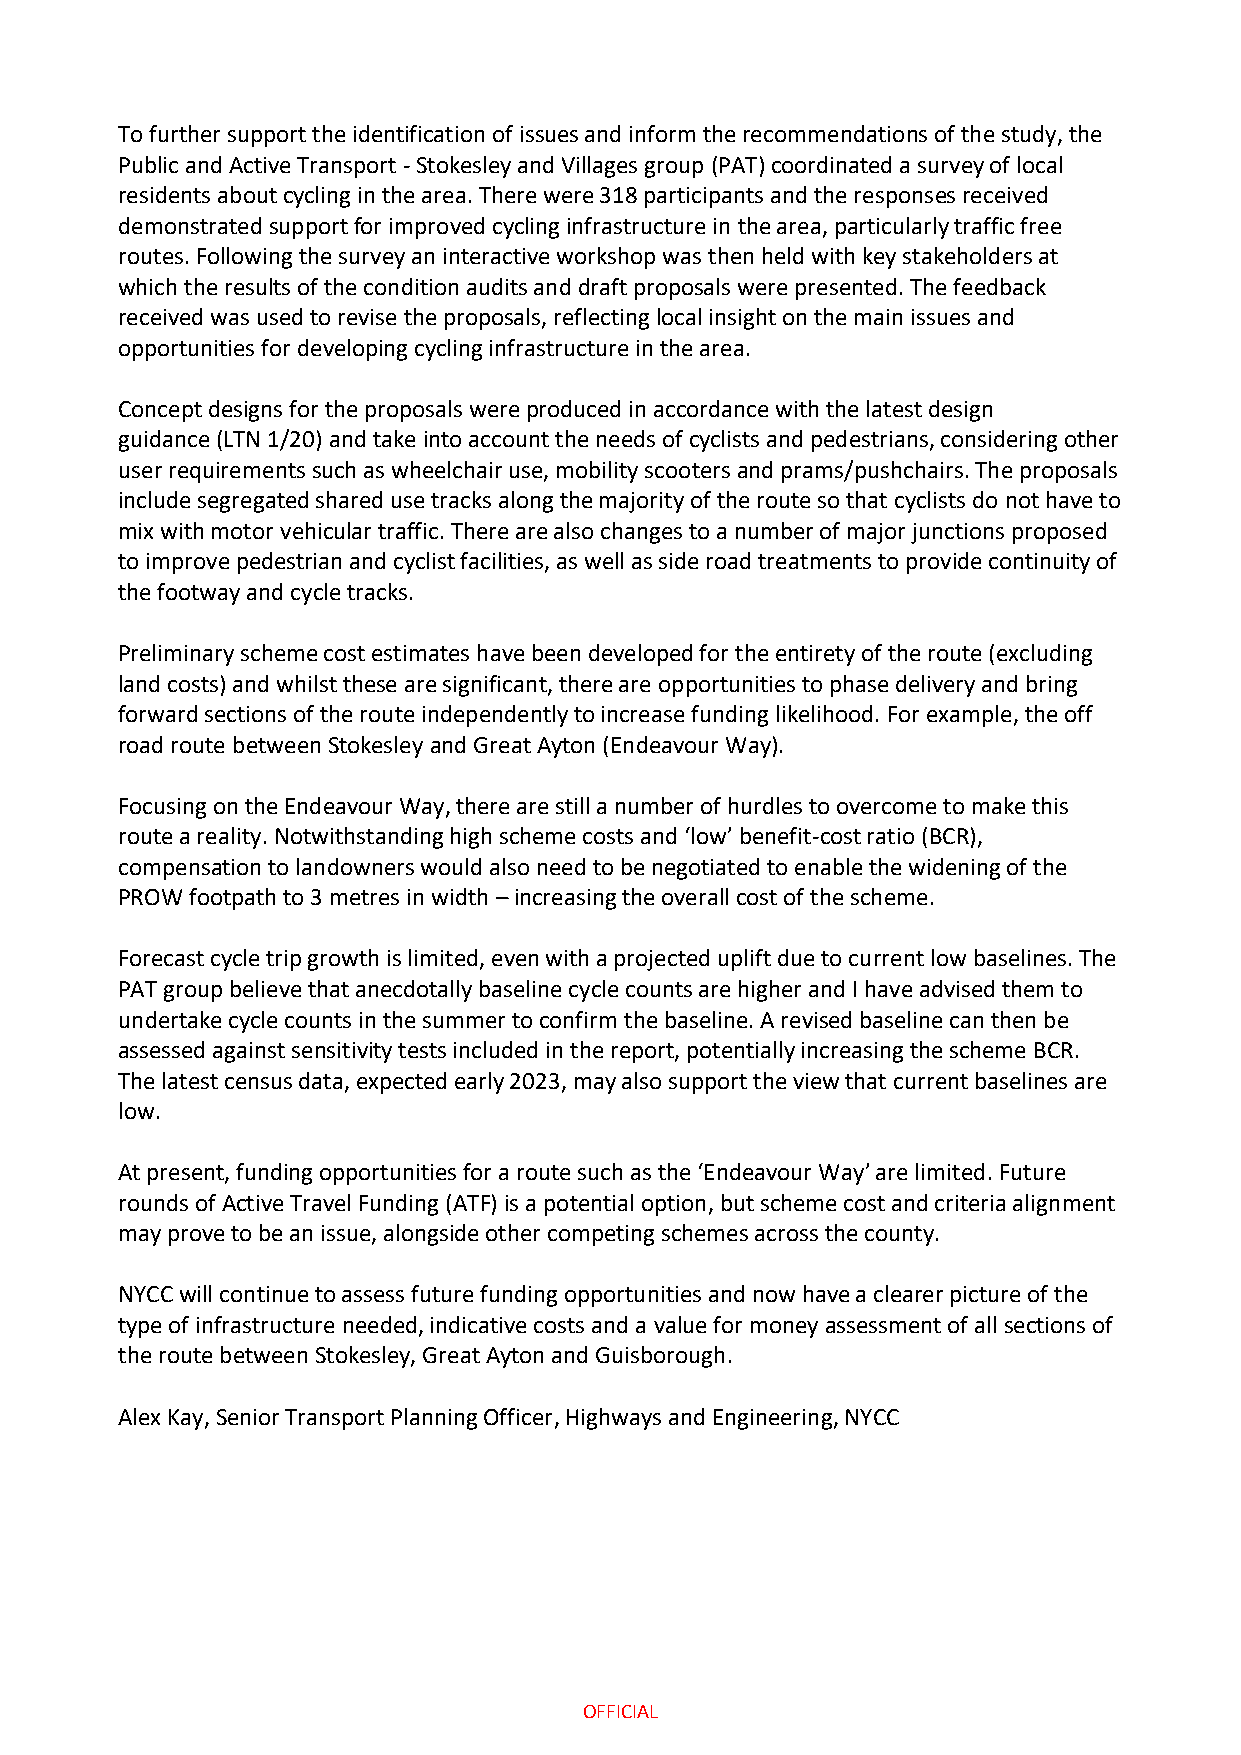
To further support the identification of issues and inform the recommendations of the study, the
 Public and Active Transport - Stokesley and Villages group (PAT) coordinated a survey of local
 residents about cycling in the area. There were 318 participants and the responses received
 demonstrated support for improved cycling infrastructure in the area, particularly traffic free
 routes. Following the survey an interactive workshop was then held with key stakeholders at
 which the results of the condition audits and draft proposals were presented. The feedback
 received was used to revise the proposals, reflecting local insight on the main issues and
 opportunities for developing cycling infrastructure in the area.
 Concept designs for the proposals were produced in accordance with the latest design
 guidance (LTN 1/20) and take into account the needs of cyclists and pedestrians, considering other
 user requirements such as wheelchair use, mobility scooters and prams/pushchairs. The proposals
 include segregated shared use tracks along the majority of the route so that cyclists do not have to
 mix with motor vehicular traffic. There are also changes to a number of major junctions proposed
 to improve pedestrian and cyclist facilities, as well as side road treatments to provide continuity of
 the footway and cycle tracks.
 Preliminary scheme cost estimates have been developed for the entirety of the route (excluding
 land costs) and whilst these are significant, there are opportunities to phase delivery and bring
 forward sections of the route independently to increase funding likelihood. For example, the off
 road route between Stokesley and Great Ayton (Endeavour Way).
 Focusing on the Endeavour Way, there are still a number of hurdles to overcome to make this
 route a reality. Notwithstanding high scheme costs and ‘low’ benefit-cost ratio (BCR),
 compensation to landowners would also need to be negotiated to enable the widening of the
 PROW footpath to 3 metres in width – increasing the overall cost of the scheme.
 Forecast cycle trip growth is limited, even with a projected uplift due to current low baselines. The
 PAT group believe that anecdotally baseline cycle counts are higher and I have advised them to
 undertake cycle counts in the summer to confirm the baseline. A revised baseline can then be
 assessed against sensitivity tests included in the report, potentially increasing the scheme BCR.
 The latest census data, expected early 2023, may also support the view that current baselines are
 low.
 At present, funding opportunities for a route such as the ‘Endeavour Way’ are limited. Future
 rounds of Active Travel Funding (ATF) is a potential option, but scheme cost and criteria alignment
 may prove to be an issue, alongside other competing schemes across the county.
 NYCC will continue to assess future funding opportunities and now have a clearer picture of the
 type of infrastructure needed, indicative costs and a value for money assessment of all sections of
 the route between Stokesley, Great Ayton and Guisborough.
 Alex Kay, Senior Transport Planning Officer, Highways and Engineering, NYCC
 OFFICIAL